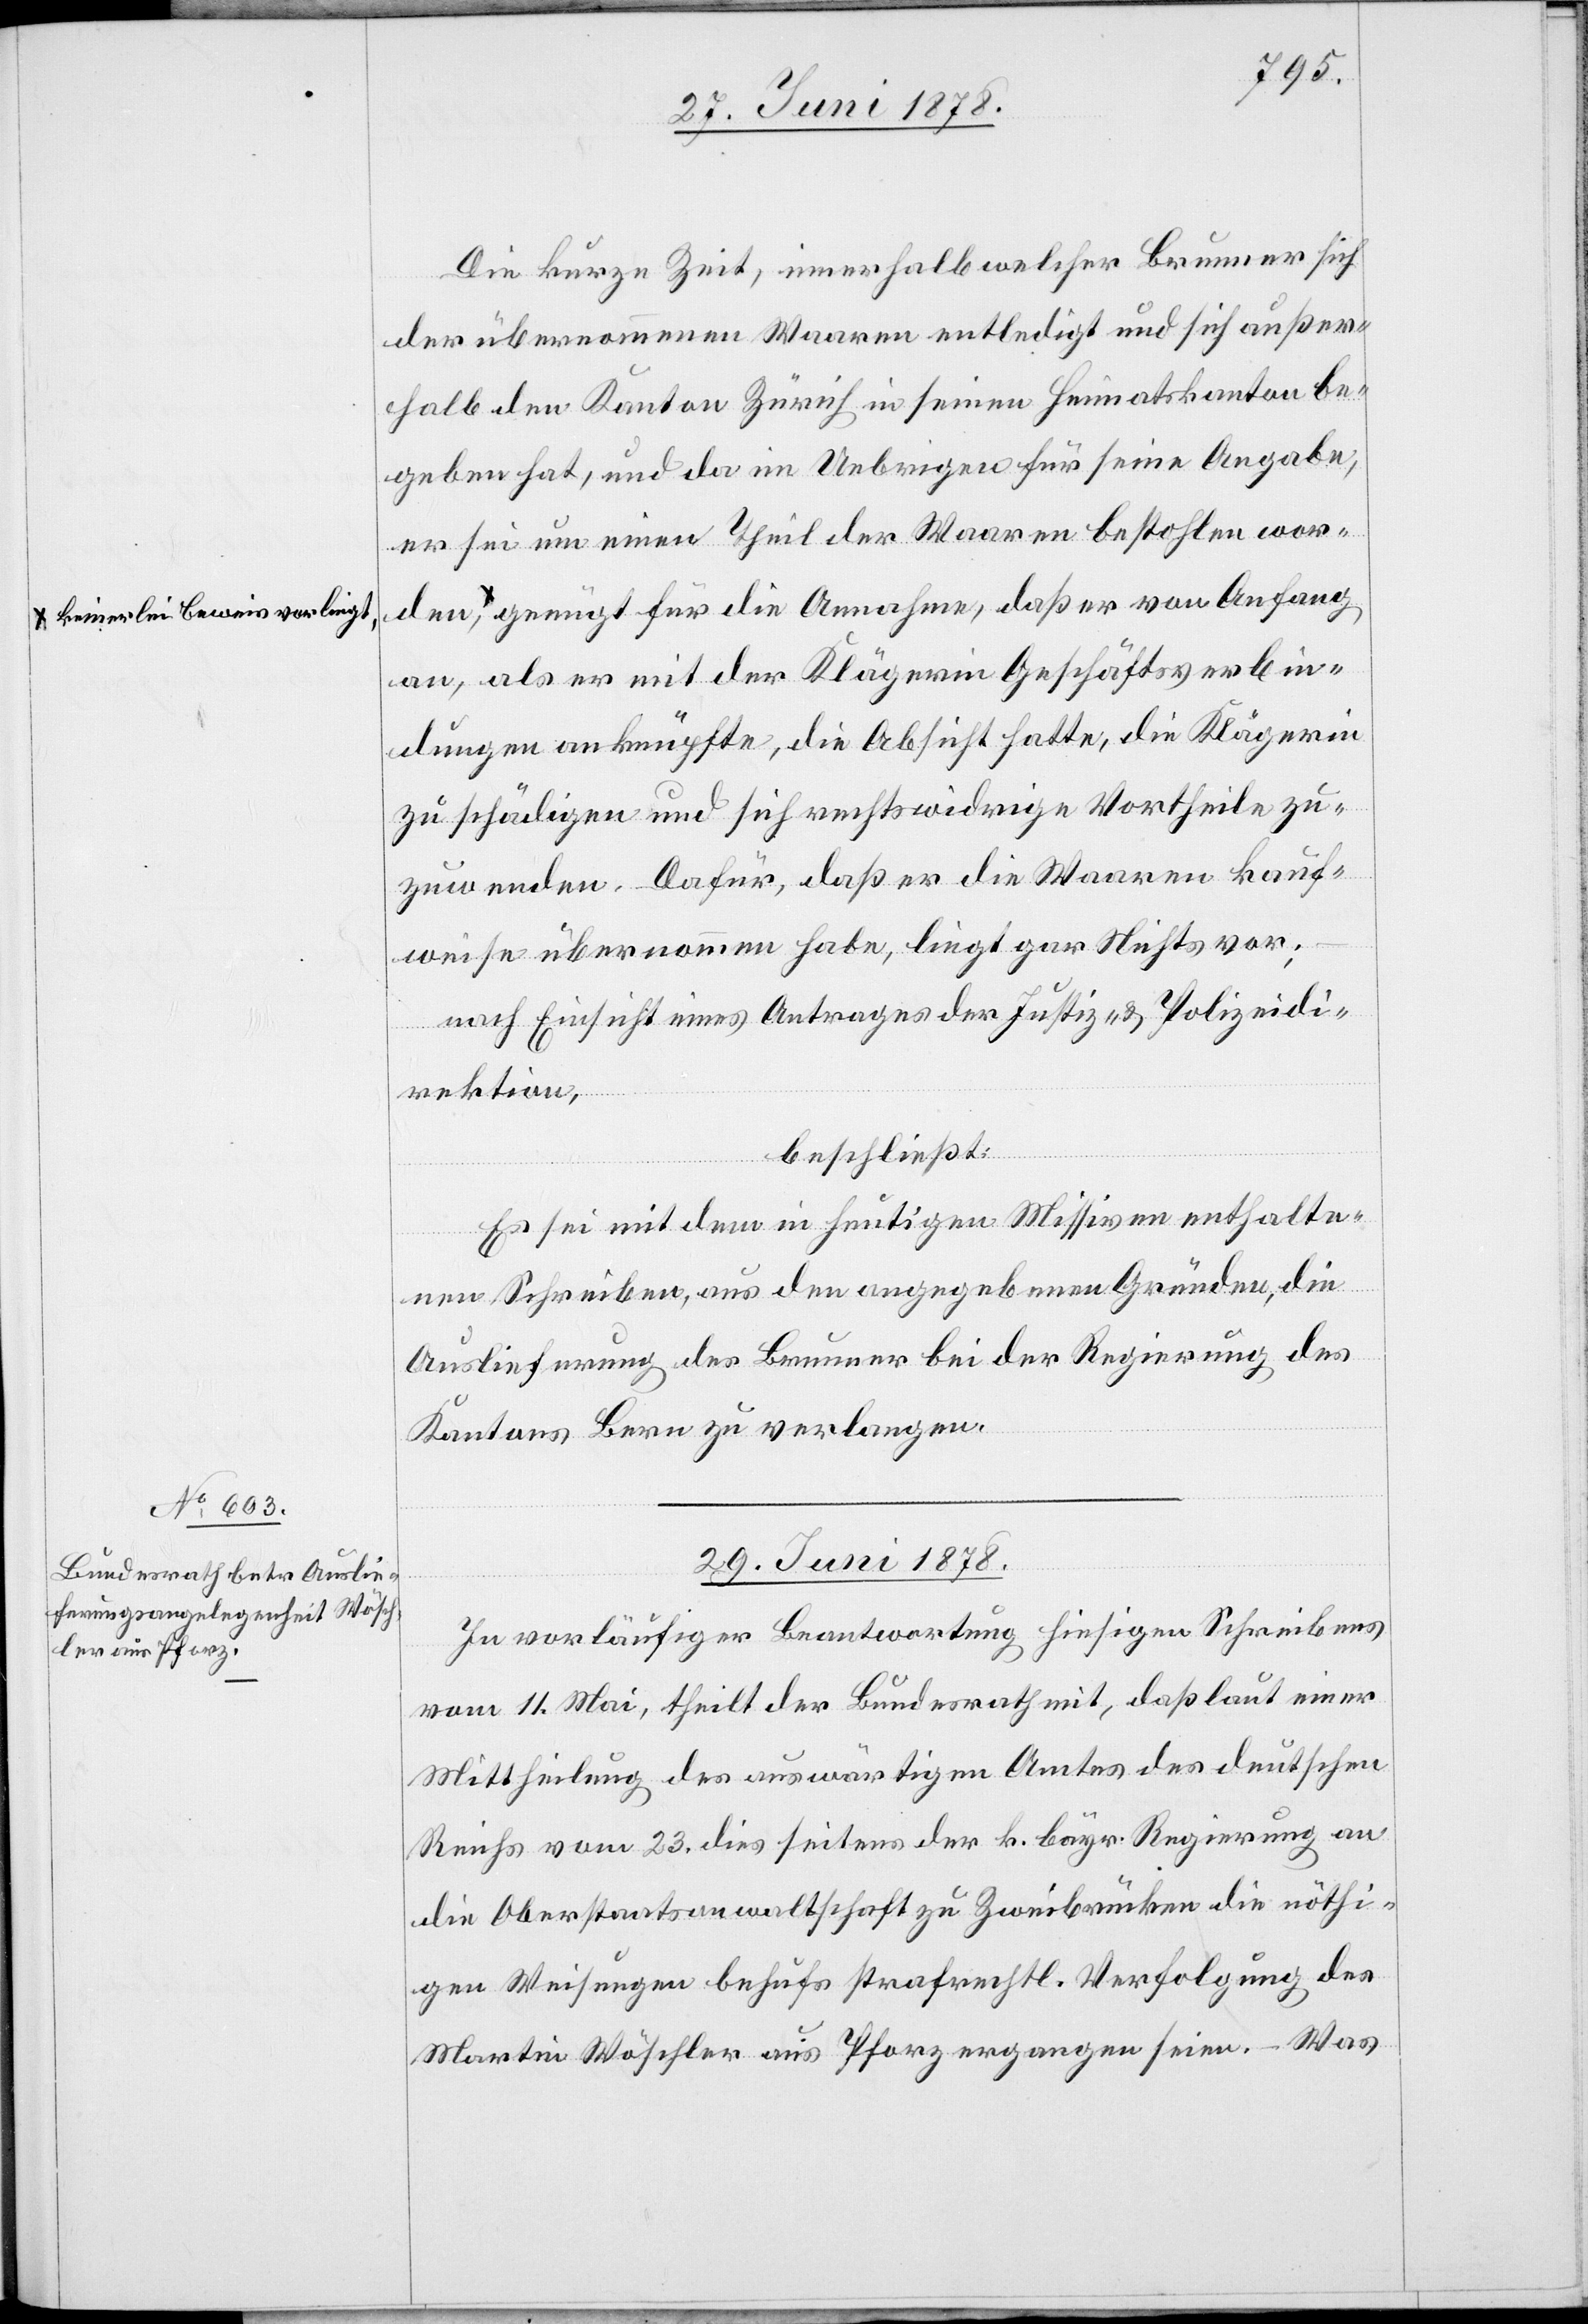
a-keinerlei Beweis vorlieg¬

den,
Die kurze Zeit, innerhalb welcher Brunner sich
der übernommenen Waaren entledigt und sich außer¬
halb den Kanton Zürich in seinen Heimatskanton be¬
geben hat, und da im Uebrigen für seine Angabe,
er sei um einen Theil der Waaren bestohlen wor¬
t-a, genügt für die Annahme, daß er von Anfang
an, als er mit der Klägerin Geschäftsverbin¬
dungen anknüpfte, die Absicht hatte, die Klägerin
zu schädigen und sich rechtswidrige Vortheile zu¬
zuwenden. Dafür, daß er die Waaren kauf¬
weise übernommen habe, liegt gar Nichts vor;
nach Einsicht eines Antrages der Justiz- & Polizeidi¬
rektion,
beschließt:
Es sei mit dem in heutigen Missiven enthalte¬
nen Schreiben, aus den angegebenen Gründen, die
Auslieferung des Brunner bei der Regierung des
Kantons Bern zu verlangen.
29. Juni 1878.
In vorläufiger Beantwortung hiesigen Schreibens
vom 11. Mai, theilt der Bundesrath mit, daß laut einer
Mittheilung des auswärtigen Amtes des deutschen
Reichs vom 23. dies seitens der k. bayr. Regierung an
die Oberstaatsanwaltschaft zu Zweibrücken die nöthi¬
gen Weisungen behufs strafrechtl. Verfolgung des
Martin Wöschler aus Pforz ergangen seien. – Was